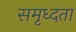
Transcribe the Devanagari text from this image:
समृध्दता